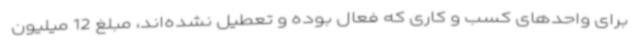
برای واحدهای کسب و کاری که فعال بوده و تعطیل نشده‌اند، مبلغ 12 میلیون